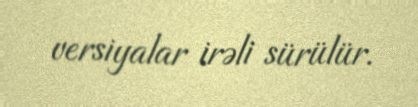
versiyalar irəli sürülür.